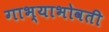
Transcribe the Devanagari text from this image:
गाभ्याभोवती